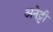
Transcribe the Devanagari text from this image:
अनेट्टी